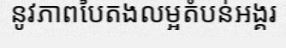
នូវភាពបៃតងលម្អតំបន់អង្គរ